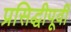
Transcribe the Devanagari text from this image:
प्रसिद्धीपूर्वी